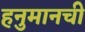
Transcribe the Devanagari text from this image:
हनुमानची